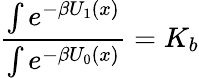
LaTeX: \frac{\int e^{-\beta U_{1}(x)}}{\int e^{-\beta U_{0}(x)}}=K_{b}